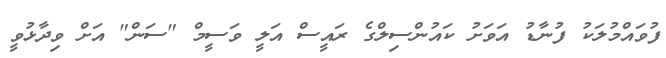
ފުވައްމުލަކު ފުނާޑު އަވަށު ކައުންސިލްގެ ރައީސް އަލީ ވަސީމް "ސަން" އަށް ވިދާޅުވީ